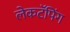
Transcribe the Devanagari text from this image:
लेकटॅपिंग